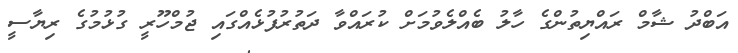
އަބްދު ޝާމް ރައްޔިތުންގެ ހާލު ބެއްލެވުމަށް ކުރައްވާ ދަތުރުފުޅެއްގައި ޖުމްހޫރީ ގުޅުމުގެ ރިޔާސީ